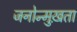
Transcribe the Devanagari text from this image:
जनोन्मुख़ता